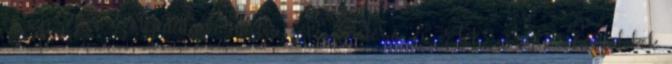
és szerettei szolgálatába állítsa Az Életerő- és ÉletEnergia Készülékek